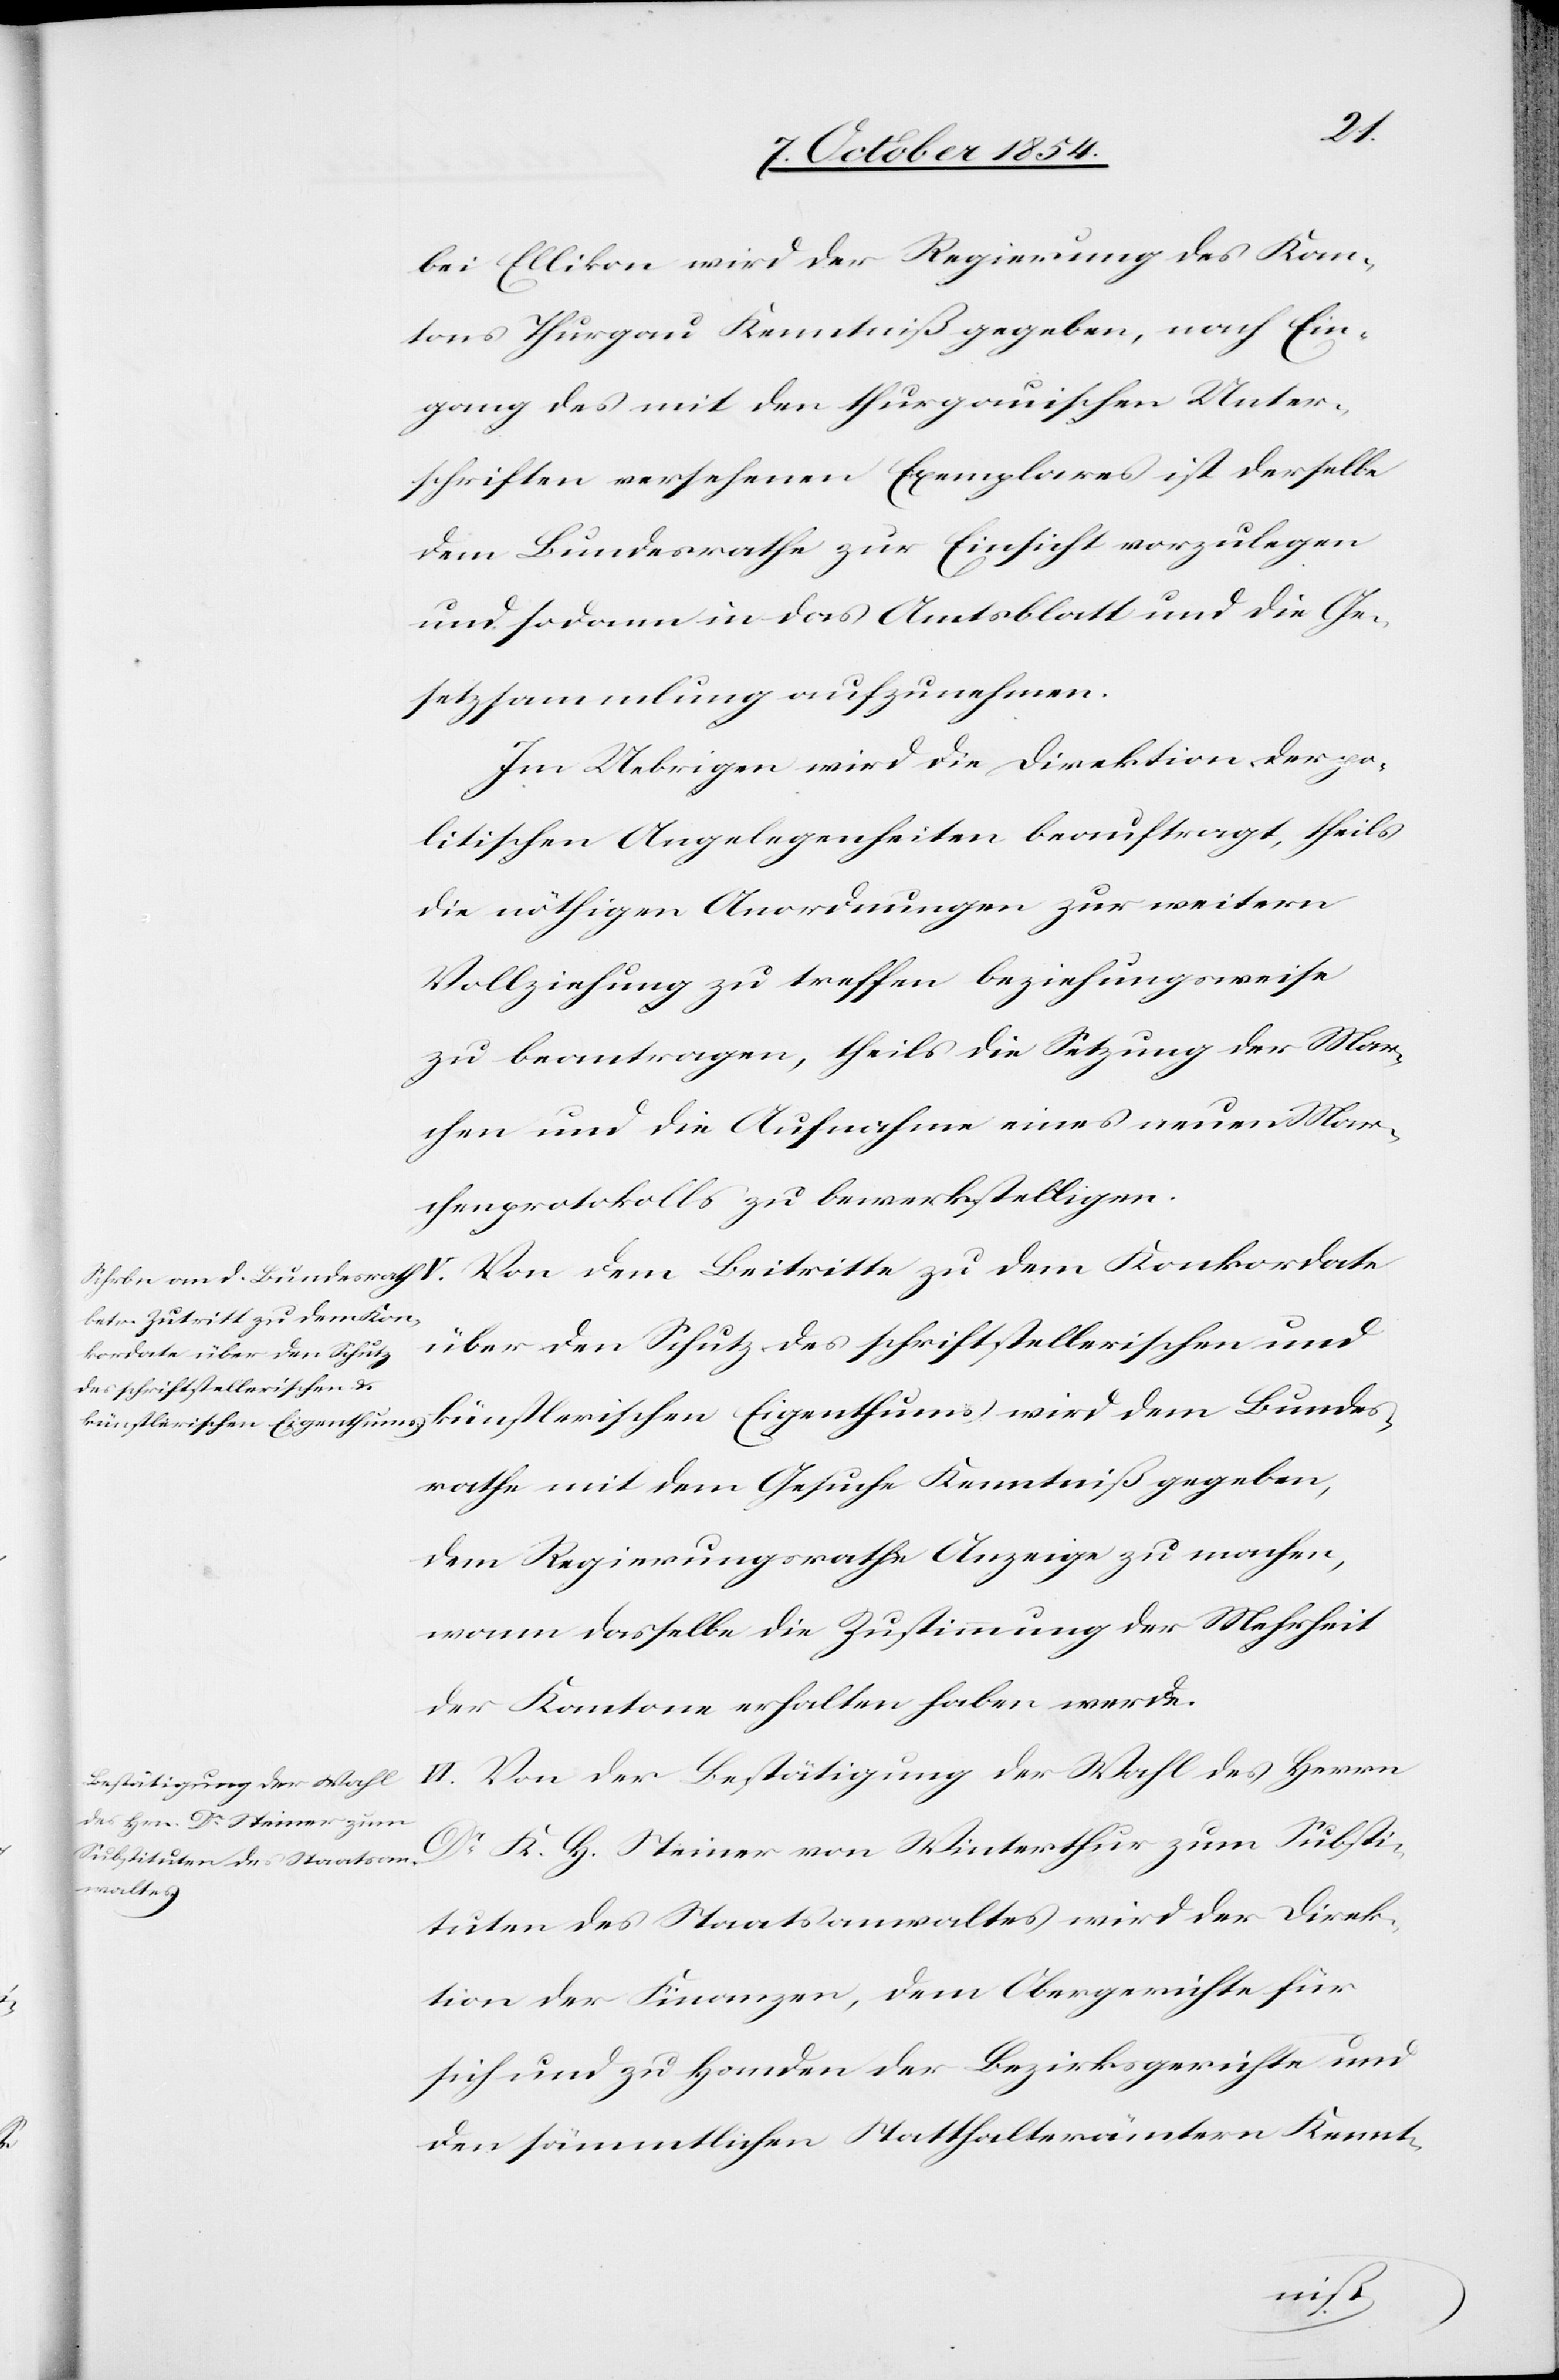
bei Ellikon wird der Regierung des Kan¬
tons Thurgau Kenntniß gegeben, nach Ein¬
gang des mit den thurgauischen Unter¬
schriften versehenen Exemplares ist derselbe
dem Bundesrathe zur Einsicht vorzulegen
und sodann in das Amtsblatt und die Ge¬
setzsammlung aufzunehmen.
Im Uebrigen wird die Direktion der po¬
litischen Angelegenheiten beauftragt, theils
die nöthigen Anordnungen zur weitern
Vollziehung zu treffen beziehungsweise
zu beantragen, theils die Setzung der Mar¬
chen und die Aufnahme eines neuen Mar¬
chenprotokolls zu bewerkstelligen.
Von dem Beitritte zu dem Konkordate
über den Schutz des schriftstellerischen und
künstlerischen Eigenthums wird dem Bundesrathe mit dem Gesuche Kenntniß gegeben, dem Regierungsrathe Anzeige
wann dasselbe die Zustimmung der Mehrheit
der Kantone erhalten haben werde.
VI. Von der Bestätigung der Wahl des Herrn
Dr H. Steiner von Winterthur zum Substi¬
tuten des Staatsanwaltes wird der Direk¬
tion der Finanzen, dem Obergerichte für
sich und zu Handen der Bezirksgerichte und
den sämmtlichen Statthalterämtern Kennt-
machen,